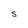
Character: S